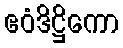
ဧဝံဒိဋ္ဌိကော